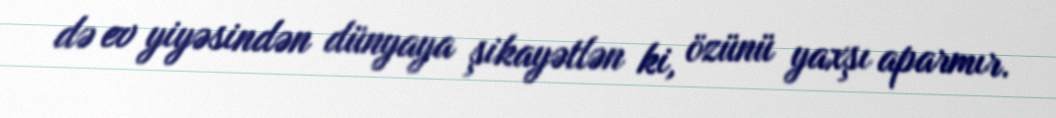
də ev yiyəsindən dünyaya şikayətlən ki, özünü yaxşı aparmır.